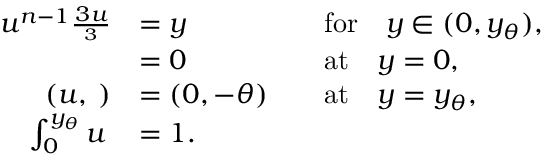
\begin{array} { r l r l } { u ^ { n - 1 } \frac { \d ^ { 3 } u } { \d y ^ { 3 } } } & { = y } & & { \mathrm { f o r } \quad y \in ( 0 , y _ { \theta } ) , } \\ { \frac { \d u } { \d y } } & { = 0 } & & { \mathrm { a t } \quad y = 0 , } \\ { ( u , \frac { \d u } { \d y } ) } & { = ( 0 , - \theta ) } & & { \mathrm { a t } \quad y = y _ { \theta } , } \\ { \int _ { 0 } ^ { y _ { \theta } } u \, \d y } & { = 1 . } \end{array}